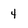
Character: 4